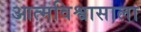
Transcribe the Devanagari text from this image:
आत्मविश्वासाला